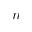
n